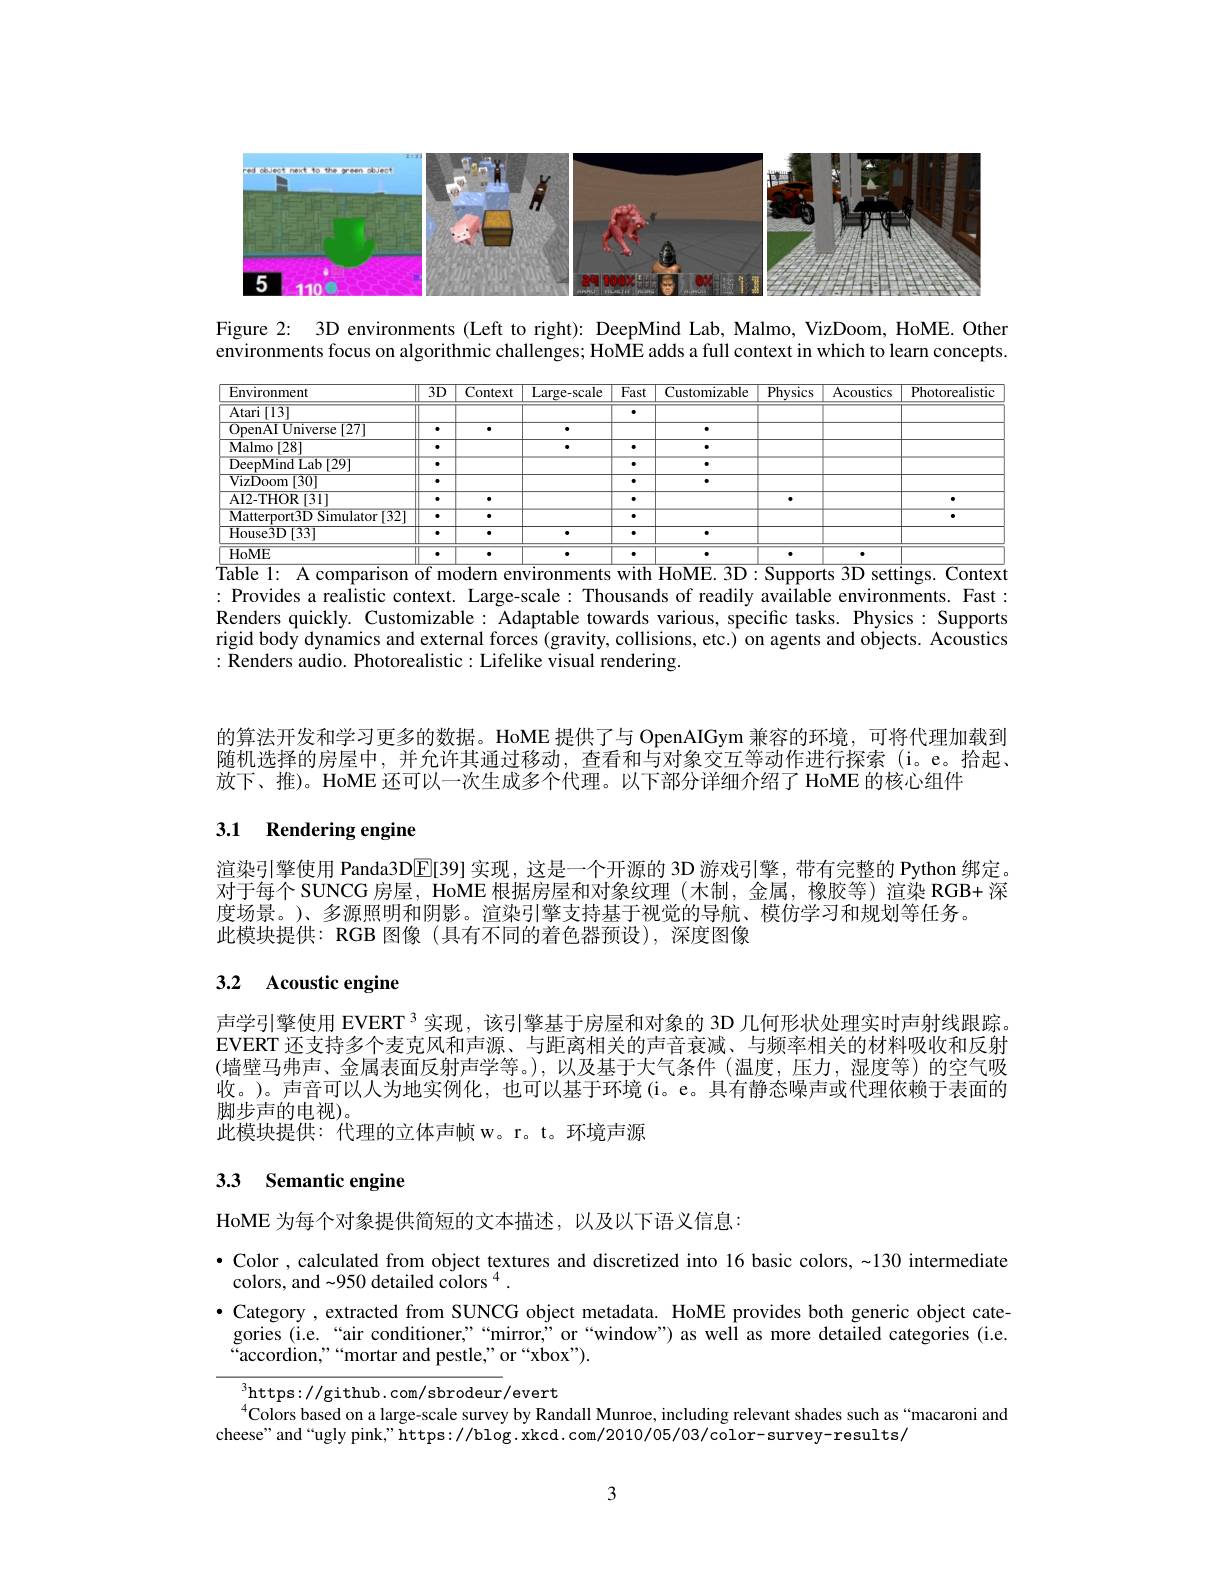
<FigureHere>

Figure 2: 3D environments (Left to right): DeepMind Lab, Malmo, VizDoom, HoME. Other environments focus on algorithmic challenges; HoME adds a full context in which to learn concepts.

<table>
	<tbody>
		<tr>
			<th>Environment</th>
			<th>$\overline{3D}$</th>
			<th>Context</th>
			<th>Large- scale</th>
			<th>$\overline{\mathrm{Fast}}$</th>
			<th>Customizable</th>
			<th>$\overline{\text{Physics}}$</th>
			<th>Acoustics</th>
			<th>Photorealistic</th>
		</tr>
		<tr>
			<td>$\overline{\text{Atari}}[13]$</td>
			<td> </td>
			<td> </td>
			<td> </td>
			<td>$\bullet$</td>
			<td> </td>
			<td> </td>
			<td> </td>
			<td> </td>
		</tr>
		<tr>
			<td>OpenAIUniverse $\overline{[27]}$</td>
			<td>·</td>
			<td> </td>
			<td> </td>
			<td> </td>
			<td> </td>
			<td> </td>
			<td> </td>
			<td> </td>
		</tr>
		<tr>
			<td>$\mathbf{Malmo}[28]$</td>
			<td>·</td>
			<td> </td>
			<td> </td>
			<td>$\bullet$</td>
			<td> </td>
			<td> </td>
			<td> </td>
			<td> </td>
		</tr>
		<tr>
			<td>DeepMind Lab [ 29] </td>
			<td>·</td>
			<td> </td>
			<td> </td>
			<td>$\bullet$</td>
			<td> </td>
			<td> </td>
			<td> </td>
			<td> </td>
		</tr>
		<tr>
			<td>$\overline{{\mathrm{VizDoom}}}$ 1|30|</td>
			<td>·</td>
			<td> </td>
			<td> </td>
			<td>$\bullet$</td>
			<td> </td>
			<td> </td>
			<td> </td>
			<td> </td>
		</tr>
		<tr>
			<td>AI2-THOR[31]</td>
			<td>·</td>
			<td> </td>
			<td> </td>
			<td>$\bullet$</td>
			<td> </td>
			<td> </td>
			<td> </td>
			<td> </td>
		</tr>
		<tr>
			<td>$\overline{\text{Matterport3D Simulator }[32]}$</td>
			<td>·</td>
			<td> </td>
			<td> </td>
			<td>$\bullet$</td>
			<td> </td>
			<td> </td>
			<td> </td>
			<td> </td>
		</tr>
		<tr>
			<td>$\overline{\text{House3D[33]}}$</td>
			<td>·</td>
			<td> </td>
			<td> </td>
			<td>$\bullet$</td>
			<td> </td>
			<td> </td>
			<td> </td>
			<td> </td>
		</tr>
		<tr>
			<td>HoME</td>
			<td>·</td>
			<td> </td>
			<td> </td>
			<td>$\bullet$</td>
			<td> </td>
			<td> </td>
			<td> </td>
			<td> </td>
		</tr>
	</tbody>
</table>
$\overleftrightarrow{\text{Table 1: A comparison of modern environments with HoME. 3D: Supports 3D settings. Context}}$

: Provides a realistic context. Large-scale: Thousands of readily available environments. Fast : Renders quickly. Customizable: Adaptable towards various, specific tasks. Physics: Supports rigid body dynamics and external forces (gravity, collisions, etc.) on agents and objects. Acoustics :Renders audio. Photorealistic:Lifelike visual rendering.

的算法开发和学习更多的数据。HoME 提供了与 OpenAIGym 兼容的环境，可将代理加载到随机选择的房屋中，并允许其通过移动，查看和与对象交互等动作进行探索(i。e。拾起、 放下、推)。HoME 还可以一次生成多个代理。以下部分详细介绍了 HoME 的核心组件

## 3.1 Rendering engine

渲染引擎使用 Panda3D[E[39] 实现 , 这是一个开源的 3D 游戏引擎，带有完整的 Python 绑定。对于每个 SUNCG 房屋，HoME 根据房屋和对象纹理(木制，金属，橡胶等)渲染 RGB+ 深度场景。)、多源照明和阴影。渲染引擎支持基于视觉的导航、模仿学习和规划等任务。
此模块提供：RGB 图像(具有不同的着色器预设),深度图像

## 3.2 Acoustic engine

声学引擎使用 EVERT 3 实现，该引擎基于房屋和对象的 3D 几何形状处理实时声射线跟踪。EVERT 还支持多个麦克风和声源、与距离相关的声音衰减、与频率相关的材料吸收和反射(墙壁马弗声、金属表面反射声学等。),以及基于大气条件(温度，压力，湿度等)的空气吸收。)。声音可以人为地实例化，也可以基于环境(i。e。具有静态噪声或代理依赖于表面的脚步声的电视)。
此模块提供：代理的立体声帧 w。r。t。环境声源

## 3.3 Semantic engine

HoME 为每个对象提供简短的文本描述，以及以下语义信息：

$\bullet$ Color , calculated from object textures and discretized into 16 basic colors,~130 intermediate
colors, and -950 detailed colors $^{4}.$
$\bullet$ Category , extracted from SUNCG object metadata. HoME provides both generic object categories (i.e.“air conditioner,”“mirror,”or“window”) as well as more detailed categories (i.e. “accordion,”““mortar and pestle,” or“xbox").

$^3$https://github.com/sbrodeur/evert
$^{4}$Colors based on a large-scale survey by Randall Munroe, including relevant shades such as“macaroni and
cheese" and“ugly pink,”https://blog.xkcd.com/2010/05/03/color-survey-results/

3